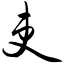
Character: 吏